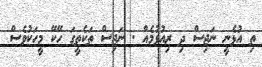
ތި އުޅެނީ ނަޖިސް ދި ރިއުޅުމެއް . ނަޖިސް ތަކެތީގަ ހޭކޭ މީހަކުވެސް